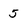
Character: 5